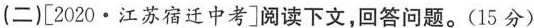
(二)[2020·江苏宿迁中考]阅读下文，回答问题。(15分)